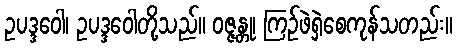
ဥပဒ္ဒဝေါ၊ ဥပဒ္ဒဝေါတို့သည်။ ဝဇ္ဇန္တု၊ ကြဉ်ဖဲရှဲစေကုန်သတည်း။